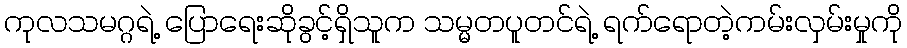
ကုလသမဂ္ဂရဲ့ ပြောရေးဆိုခွင့်ရှိသူက သမ္မတပူတင်ရဲ့ ရက်ရောတဲ့ကမ်းလှမ်းမှုကို